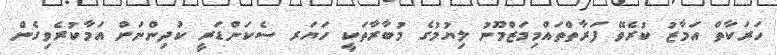
ހަރަކާތް އަމާޒު ކުރެވޭ ފަރާތްތައްމިމަޒްމޫނު ލިޔުމުގެ މުބާރާތަކީ ހަޔަރ ސެކަންޑަރީ ކުދިންނަށް އަމާކުރެވިގެން